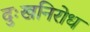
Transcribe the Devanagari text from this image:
दुःखनिरोध